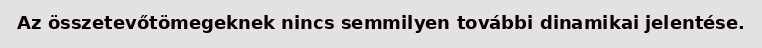
Az összetevőtömegeknek nincs semmilyen további dinamikai jelentése.